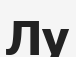
Лу